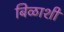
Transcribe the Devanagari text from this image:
बिळाशी